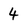
Character: 4